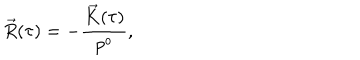
\vec { R } ( \tau ) = - \frac { \vec { K } ( \tau ) } { p ^ { o } } ,